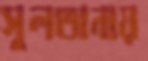
সুলতানায়